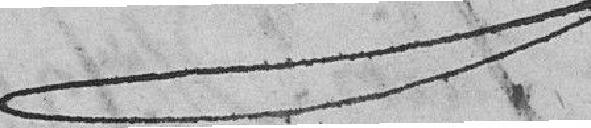
??